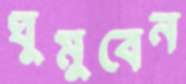
ঘুমুবেন